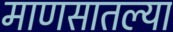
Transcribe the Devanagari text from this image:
माणसातल्या